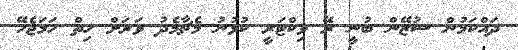
ދައްކަމުން ސުޒޭން ބުނީ ރޭ ވިކްޓަރީ ކުޅުނު މެޗާމެދު ވަރަށް ހިތް ހަމަޖެހޭ